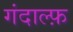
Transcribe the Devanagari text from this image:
गंदाल्फ़